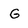
Character: G